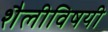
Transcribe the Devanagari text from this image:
शैलीविषयी